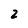
Character: Z